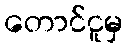
တောင်ငူမှ